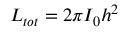
L _ { t o t } = 2 \pi I _ { 0 } h ^ { 2 }